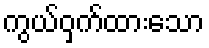
ကွယ်ဝှက်ထားသော